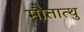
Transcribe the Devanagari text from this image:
मौतात्थु